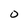
Character: 0